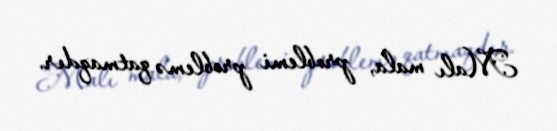
Malı mala, problemi problemə qatmaqdır.